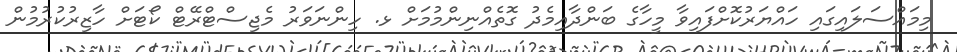
މިމައްސަލައިގައި ހައްޔަރުކޮށްފައިވާ މީހާގެ ބަންދާއިމެދު ގޮތެއްނިންމުމަށް ޅ. ހިންނަވަރު މެޖިސްޓްރޭޓް ކޯޓަށް ހާޒިރުކުރުމުން